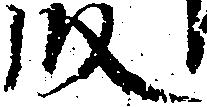
段